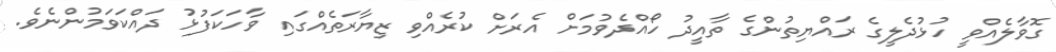
ގޮވާލެއްވީ ހުޅުދެލީގެ ރައްޔިތުންގެ ތާއީދު ހޯއްދެވުމަށް އެރަށް ކުރެއްވި ޒިޔާރަތެއްގައި ވާހަކަފުޅު ދައްކަވަމުންނެވެ.